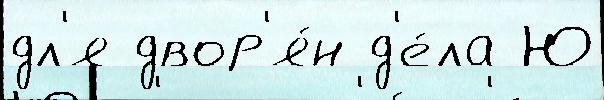
дл'я двор'я́н д'е́ла Ю